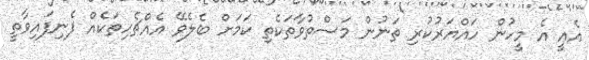
އެއީ އެ މީހުން ހައްޔަރުކުރި ތަނުން މަސްތުވާތަކެތި ކަމަށް ބެލެވޭ އެއްޗެހިތަކެއް ފެނިފައިވާތީ